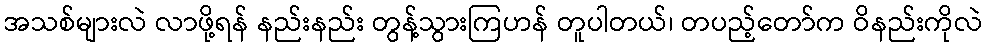
အသစ်များလဲ လာဖို့ရန် နည်းနည်း တွန့်သွားကြဟန် တူပါတယ်၊ တပည့်တော်က ဝိနည်းကိုလဲ